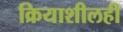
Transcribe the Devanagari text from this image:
क्रियाशीलही